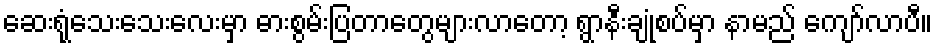
ဆေးရုံသေးသေးလေးမှာ ဓားစွမ်းပြတာတွေများလာတော့ ရွာနီးချုံစပ်မှာ နာမည် ကျော်လာပီ။